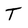
Character: T